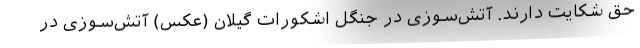
حق شکایت دارند. آتش‌سوزی در جنگل‌ اشکورات گیلان (عکس) آتش‌سوزی در